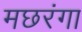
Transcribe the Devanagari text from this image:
मछरंगा